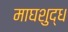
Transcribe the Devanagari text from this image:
माघशुद्ध